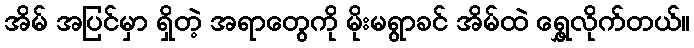
အိမ် အပြင်မှာ ရှိတဲ့ အရာတွေကို မိုးမရွာခင် အိမ်ထဲ ရွှေ့လိုက်တယ်။